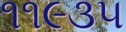
૧૧૯૩૫